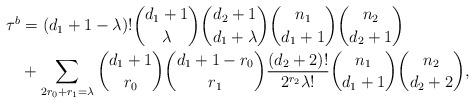
LaTeX: \begin{align*}\tau^b &= (d_1+1-\lambda)! {d_1+1 \choose \lambda} {d_2+1 \choose d_1+\lambda} {n_1 \choose d_1+1} {n_2 \choose d_2+1} \\&+ \sum_{2r_0+r_1=\lambda} {d_1+1 \choose r_0} {d_1+1-r_0 \choose r_1} \frac{(d_2+2)!}{2^{r_2} \lambda!} {n_1 \choose d_1+1} {n_2 \choose d_2+2}, \end{align*}